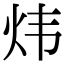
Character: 炜